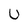
Character: U